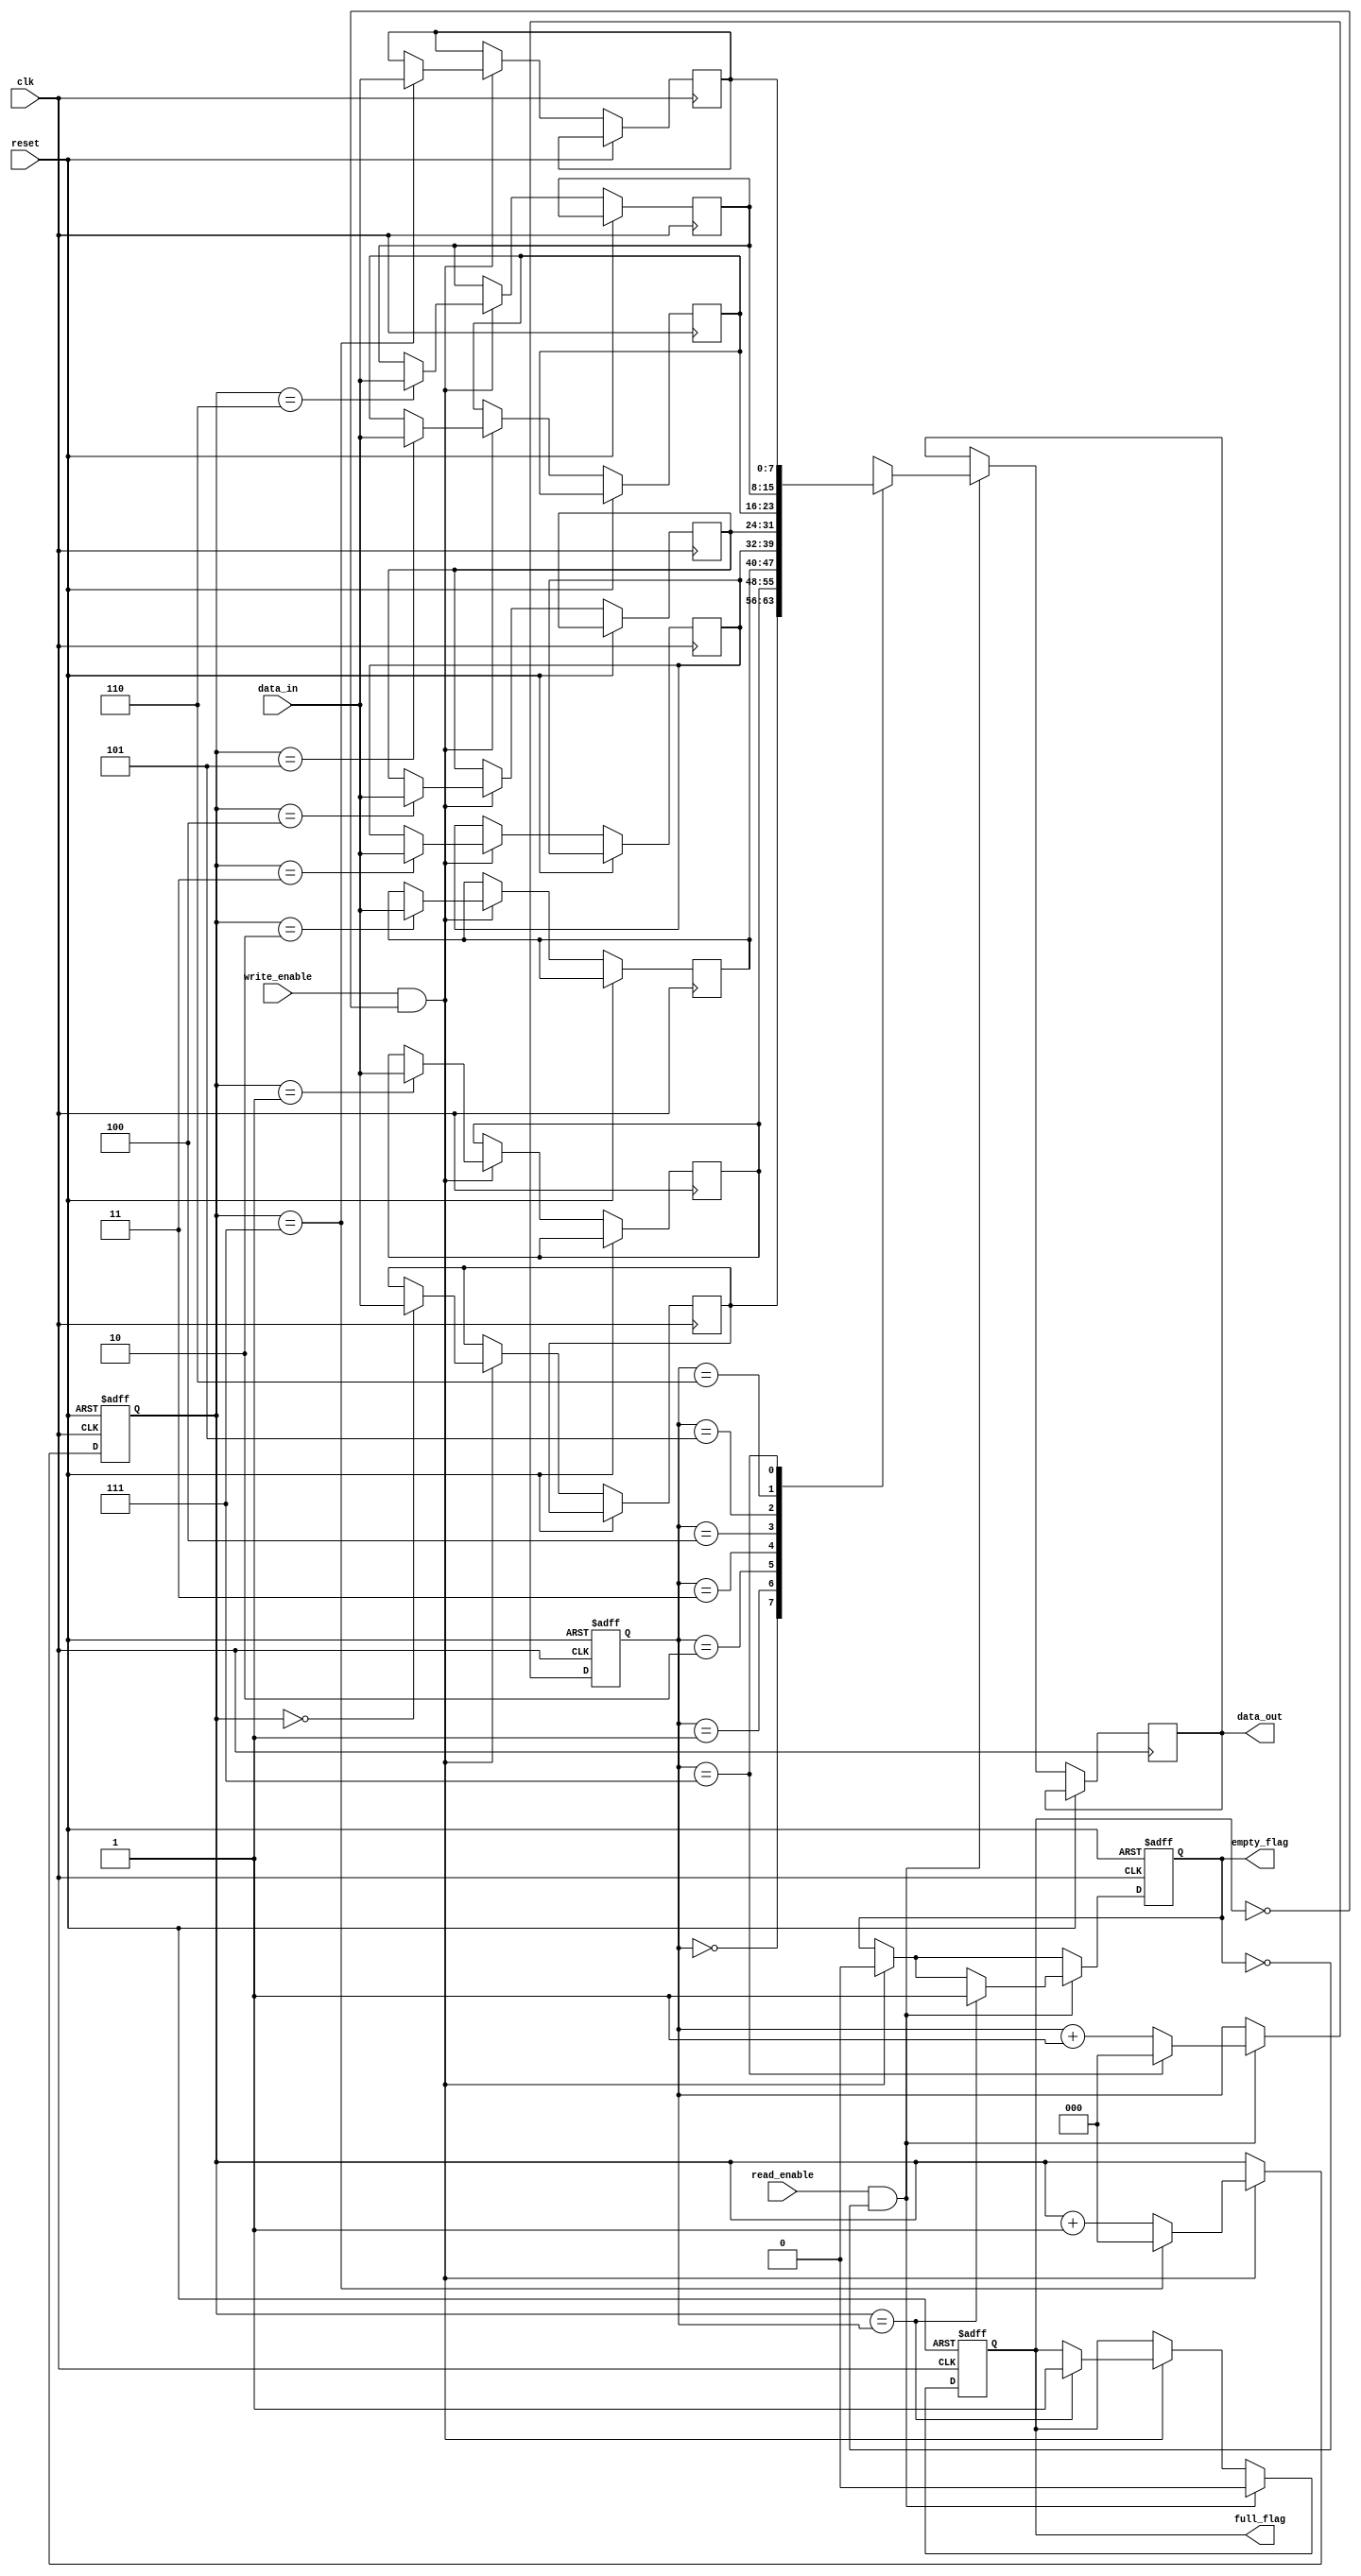
module synchronous_fifo (
    input wire clk,
    input wire reset,
    input wire write_enable,
    input wire read_enable,
    input wire [7:0] data_in,
    output reg [7:0] data_out,
    output reg full_flag,
    output reg empty_flag
);

reg [7:0] fifo [0:7];
reg [2:0] write_ptr;
reg [2:0] read_ptr;

always @(posedge clk or posedge reset) begin
    if (reset) begin
        write_ptr <= 3'b000;
        read_ptr <= 3'b000;
        full_flag <= 1'b0;
        empty_flag <= 1'b1;
    end else begin
        if (write_enable && !full_flag) begin
            fifo[write_ptr] <= data_in;
            write_ptr <= write_ptr + 1;
            if (write_ptr == 3'b111)
                write_ptr <= 3'b000;
            empty_flag <= 1'b0;
            if (write_ptr == read_ptr)
                full_flag <= 1'b1;
        end
        
        if (read_enable && !empty_flag) begin
            data_out <= fifo[read_ptr];
            read_ptr <= read_ptr + 1;
            if (read_ptr == 3'b111)
                read_ptr <= 3'b000;
            full_flag <= 1'b0;
            if (write_ptr == read_ptr)
                empty_flag <= 1'b1;
        end
    end
end

endmodule